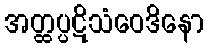
အတ္ထပ္ပဋိသံဝေဒိနော